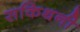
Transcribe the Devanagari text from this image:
सकिथनी